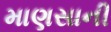
માણસાની